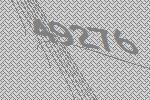
49276